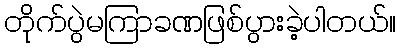
တိုက်ပွဲမကြာခဏဖြစ်ပွားခဲ့ပါတယ်။